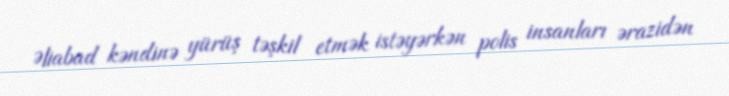
Əliabad kəndinə yürüş təşkil etmək istəyərkən polis insanları ərazidən